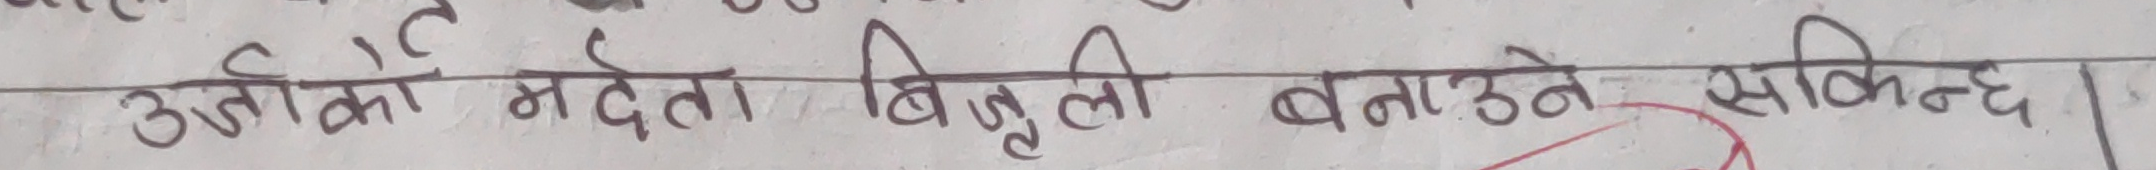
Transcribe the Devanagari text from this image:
उर्जाको मद्दतले बिजुली बनाउने सकिन्छ।